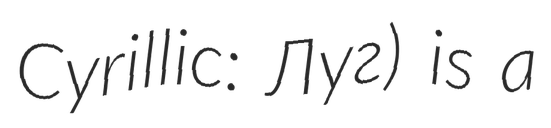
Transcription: Cyrillic: Луг) is a